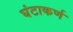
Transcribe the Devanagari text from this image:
घंटाकर्ण